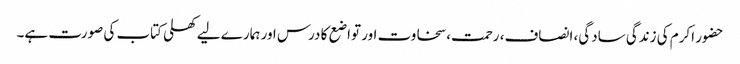
حضور اکرم کی زندگی سادگی، انصاف، رحمت، سخاوت اور تواضع کا درس اور ہمارے لیے کھلی کتاب کی صورت ہے۔